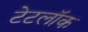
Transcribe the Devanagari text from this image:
टेटलॉक